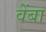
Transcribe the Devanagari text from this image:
वेंबा